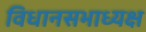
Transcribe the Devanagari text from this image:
विधानसभाध्यक्ष